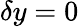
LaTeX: \delta y=0